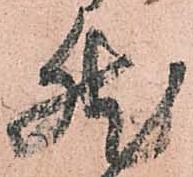
然